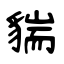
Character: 貒